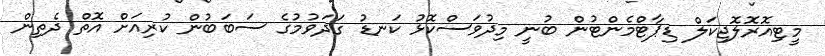
މީޓިއޮރޮލޮޖިކަލް ޑިޕާޓްމެންޓުން ބުނީ މިދުވަސްކޮޅު ކަނޑު ގަދަވުމުގެ ސަބަބުން ކުރިއަށް އޮތް ދެތިން